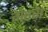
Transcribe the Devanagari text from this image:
गेहरा